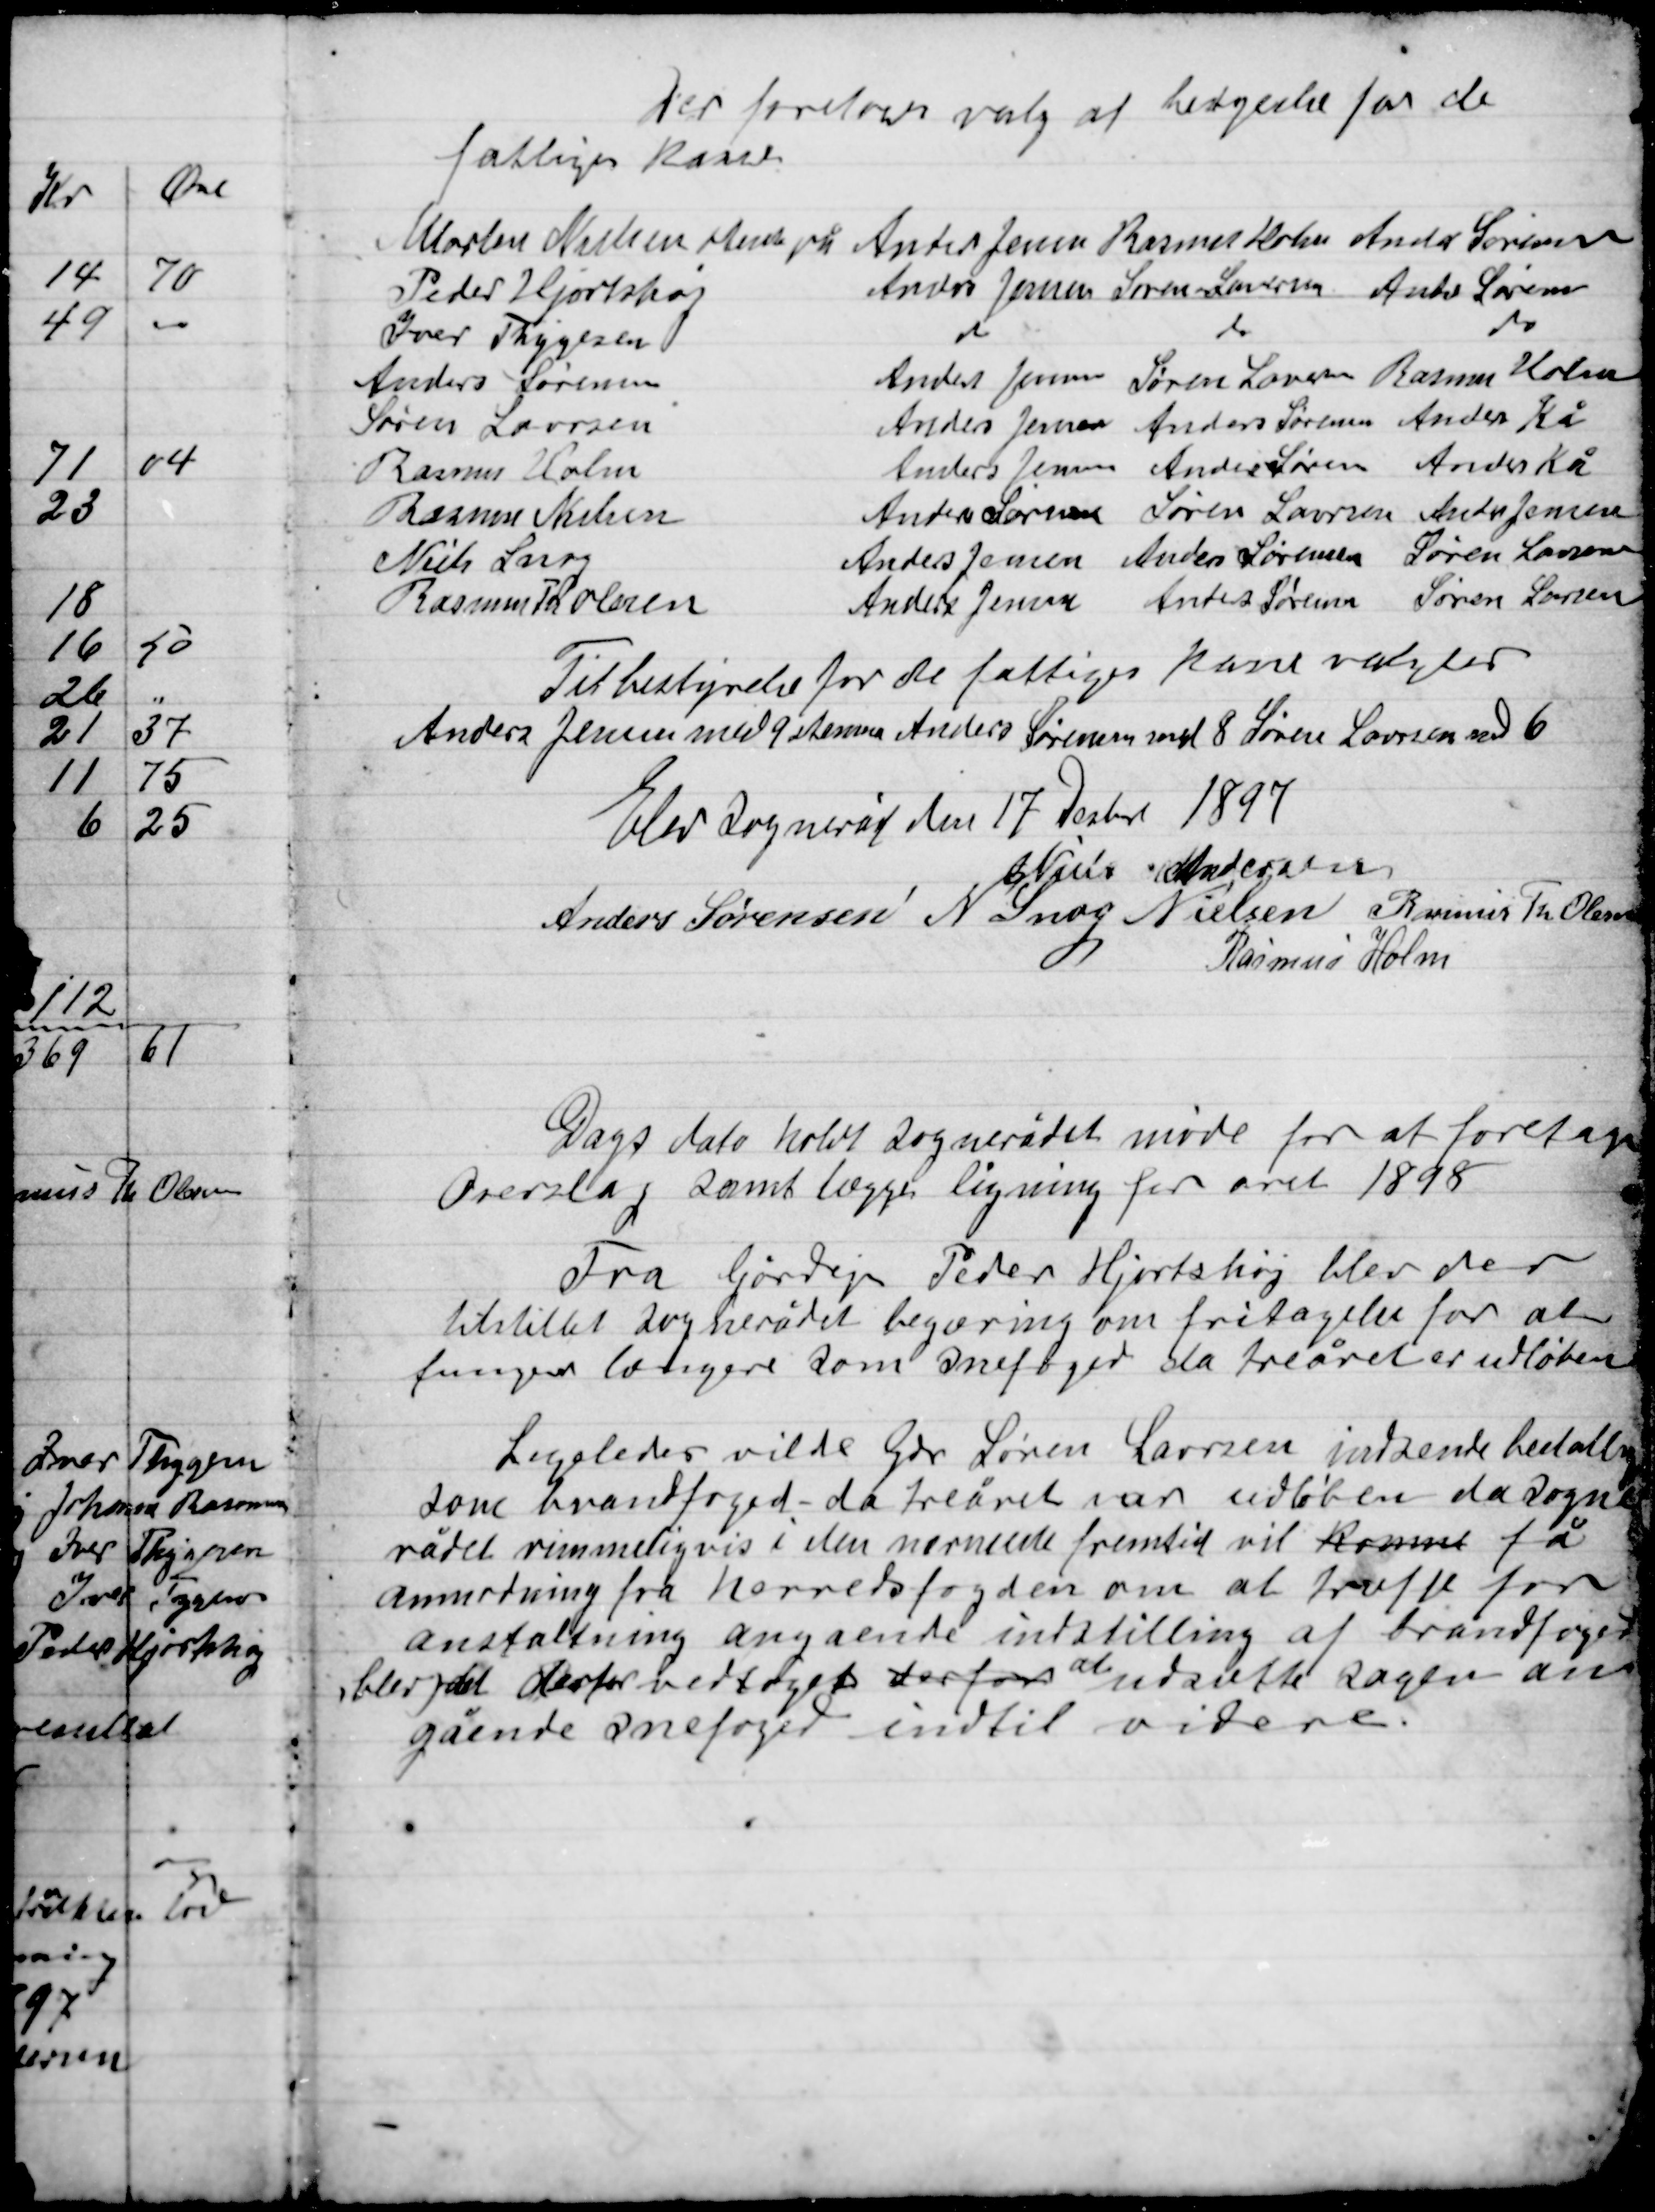
Transskription:
Der foretoges valg af bestyrelse for de
fattiges kasse

Til bestyrelse for de fattiges kasse valgtes
Anders Jensen med 9 stemmer Anders Sørensen med 8 Søren Laursen med 6

Elev Sogneråd den 17 Decbr 1897

Niels Andersen
Anders Sørensen
N. Snog Nielsen
Rasmus Th. Olsen
Rasmus Holm

Dags dato holdt Sognerådet møde for at foretage
Overslag samt lægge ligning for året 1898

Fra Gårdejer Peder Hjortshøj blev der
tilstillet Sognerådet begæring om fritagelse for at
fungere længere som snefoged da treåret er udløben

Ligeledes vilde Gdr. Søren Laursen indsende betaling
som brandfoged da treåret var udløben da Sogne-
rådet rimeligvis i den nærmeste fremtid vil kunne få
anmærkning fra Herredsfogden om at træffe for-
anstaltning angående indstilling af brandfogeden
blev det derfor vedtaget derfor at  udsætte sagen an-
gående snefogen indtil videre.